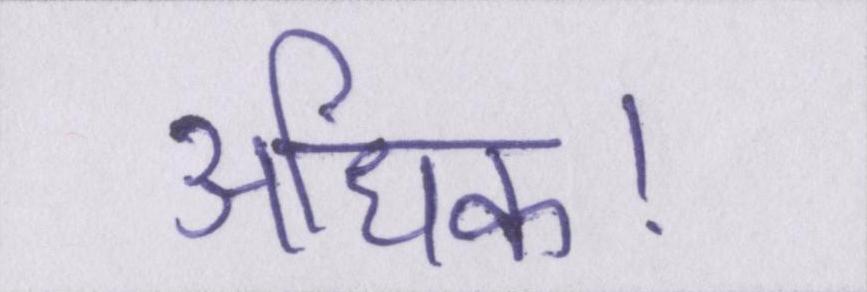
अधिक।